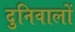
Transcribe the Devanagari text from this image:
दुनिवालों